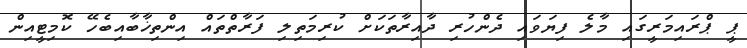
ޕީ ޕްރައިމަރީގައި މާލެ ފިޔަވައި ދެންހުރި ދާއިރާތަކަށް ކުރިމަތިލި ފަރާތްތައް އިންތިޚާބާއިބެހޭ ކޮމިޓީއިން